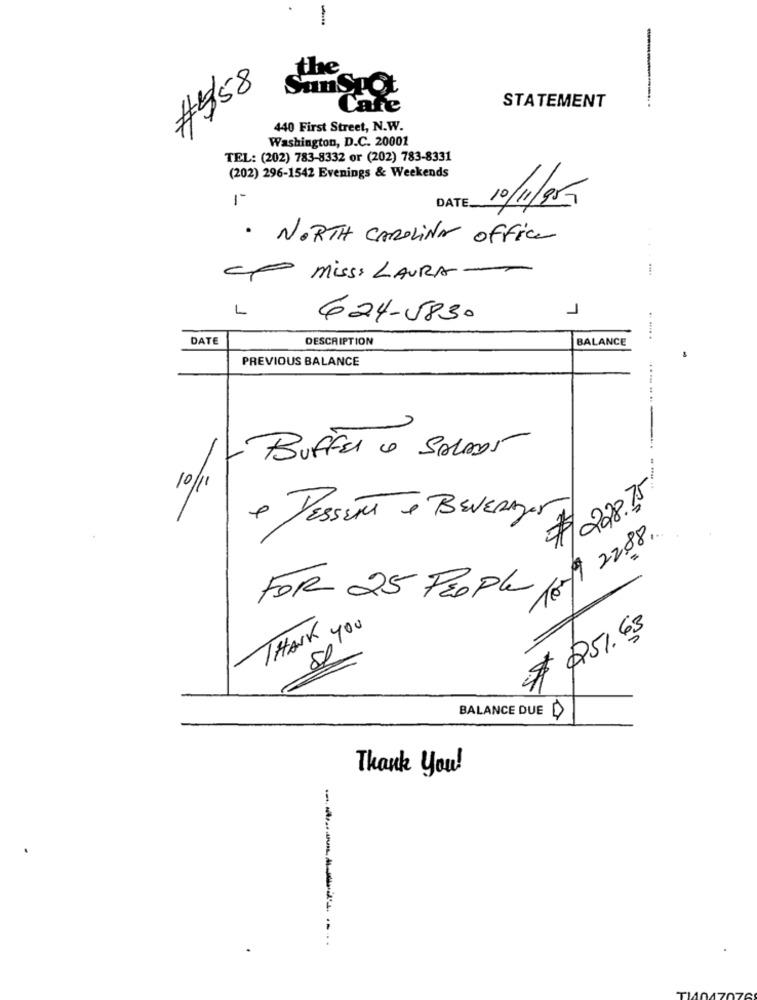
-
the
#458
SunSpot
Cafe
STATEMENT
440 First Street, N.W.
Washington, D.C. 20001
TEL: (202) 783-8332 or (202) 783-8331
(202) 296-1542 Evenings & Weekends
1
DATE_
10/11/955
· NORTH CAROLINA office
miss: LAURA
1
L
624-5830
DATE
DESCRIPTION
BALANCE
PREVIOUS BALANCE
.
-
BUFFER & SALADS
10/11
$ 228.75
+ DESSERT + BEVERDer
Tom9 228 ..
FOR 25 People
THANK 4
8 400
$ 251.63
BALANCE DUE
Thank you!